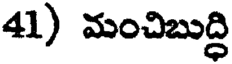
41) మంచిబుద్ధి